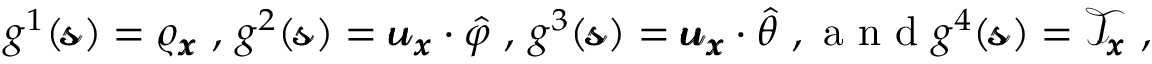
\begin{array} { r } { g ^ { 1 } ( \pmb { \mathscr { s } } ) = \varrho _ { \pmb { x } } \mathrm { ~ , ~ } g ^ { 2 } ( \pmb { \mathscr { s } } ) = \pmb { \mathscr { u } } _ { \pmb { x } } \cdot \hat { \varphi } \mathrm { ~ , ~ } g ^ { 3 } ( \pmb { \mathscr { s } } ) = \pmb { \mathscr { u } } _ { \pmb { x } } \cdot \hat { \theta } \mathrm { ~ , ~ a ~ n ~ d ~ } g ^ { 4 } ( \pmb { \mathscr { s } } ) = \mathscr { T } _ { \pmb { x } } \mathrm { ~ , ~ } } \end{array}